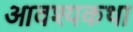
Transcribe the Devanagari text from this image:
आवश्यकथा